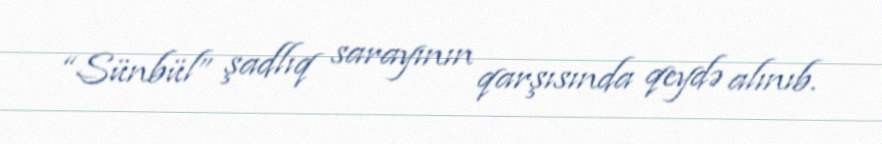
“Sünbül” şadlıq sarayının qarşısında qeydə alınıb.